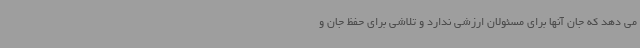
می دهد که جان آنها برای مسئولان ارزشی ندارد و تلاشی برای حفظ جان و